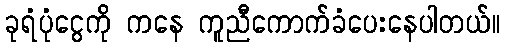
ခုရံပုံငွေကို ကနေ ကူညီကောက်ခံပေးနေပါတယ်။